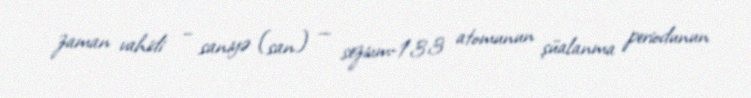
zaman vahidi – saniyə (san) — sezium-133 atomunun şüalanma periodunun